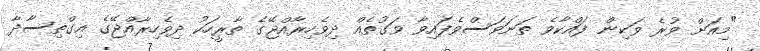
"މިއަށް ވުރެ ވަކިން ފައްކާވެ ތަނަވަސްވެފައިވާ ވަގުތެއް ދިވެހިރާއްޖޭގެ ތާރީހަކު ދިވެހިރާއްޖޭގެ އިގްތިސާދާ